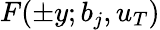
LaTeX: F(\pm y;b_{j},u_{T})